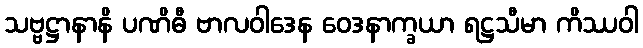
သဗ္ဗဋ္ဌာနာနိ ပဏိဓီ ဗာလဝါဒေန ဝေဒနာက္ခယာ ရဋ္ဌသီမာ ကိဿဝါ